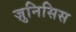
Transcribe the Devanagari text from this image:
ज़ुनिसिस